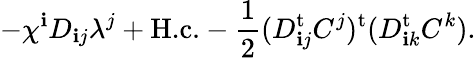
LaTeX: -\chi^{\mathbf{i}}D_{\mathbf{i}j}\lambda^{j}+\textrm{{H.c.}}-\frac{{1}}{{2}}(D_{\mathbf{i}j}^{\mathrm{{t}}}C^{j})^{\mathrm{{t}}}(D_{\mathbf{i}k}^{\mathrm{{t}}}C^{k}).